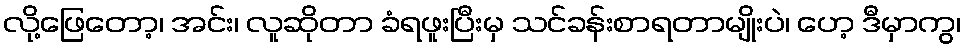
လို့ဖြေတော့၊ အင်း၊ လူဆိုတာ ခံရဖူးပြီးမှ သင်ခန်းစာရတာမျိုးပဲ၊ ဟေ့ ဒီမှာကွ၊